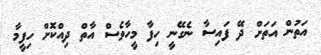
އަތުން އަތަށް ދޭ ފައިސާ ނެގޭނީ ހިފާ މީހާވެސް އާތް ދިއްކޮށް ހިފީމާ